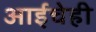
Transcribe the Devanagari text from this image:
आईचेही